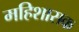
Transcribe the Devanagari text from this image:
महिशासक